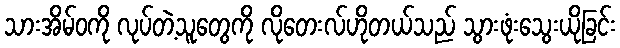
သားအိမ်ဝကို လုပ်တဲ့သူတွေကို လိုတေးလ်ဟိုတယ်သည် သွားဖုံးသွေးယိုခြင်း